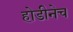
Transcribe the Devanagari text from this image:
होडीनेच